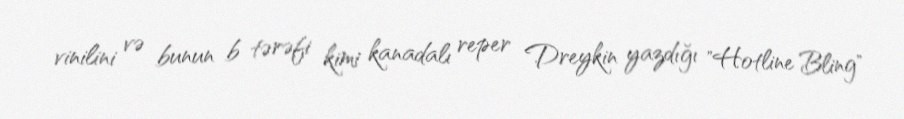
vinilini və bunun b tərəfi kimi kanadalı reper Dreykin yazdığı "Hotline Bling"